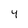
Character: 4